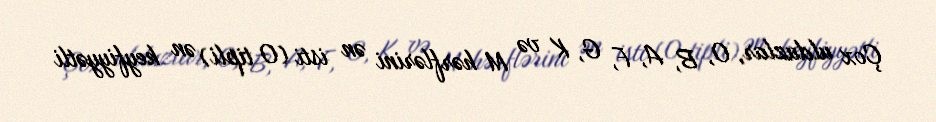
Çox ulduzlar, O, B, A, F, G, K və M hərflərini ən isti (O tipli) ən keyfiyyətli